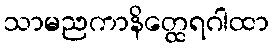
သာမညကာနိတ္ထေရဂါထာ